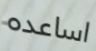
اساعده